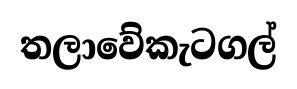
තලාවේකැටගල්